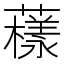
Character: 𧁒